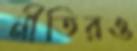
নীতিরও